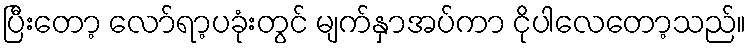
ပြီးတော့ လော်ရာ့ပခုံးတွင် မျက်နှာအပ်ကာ ငိုပါလေတော့သည်။